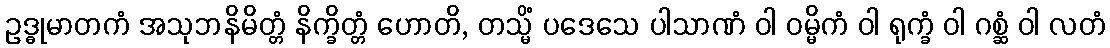
ဥဒ္ဓုမာတကံ အသုဘနိမိတ္တံ နိက္ခိတ္တံ ဟောတိ, တသ္မိံ ပဒေသေ ပါသာဏံ ဝါ ဝမ္မိကံ ဝါ ရုက္ခံ ဝါ ဂစ္ဆံ ဝါ လတံ